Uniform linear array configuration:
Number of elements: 32
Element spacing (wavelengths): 0.75
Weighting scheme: hann
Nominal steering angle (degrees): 15
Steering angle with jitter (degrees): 13.268
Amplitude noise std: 0.05
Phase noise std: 0.05

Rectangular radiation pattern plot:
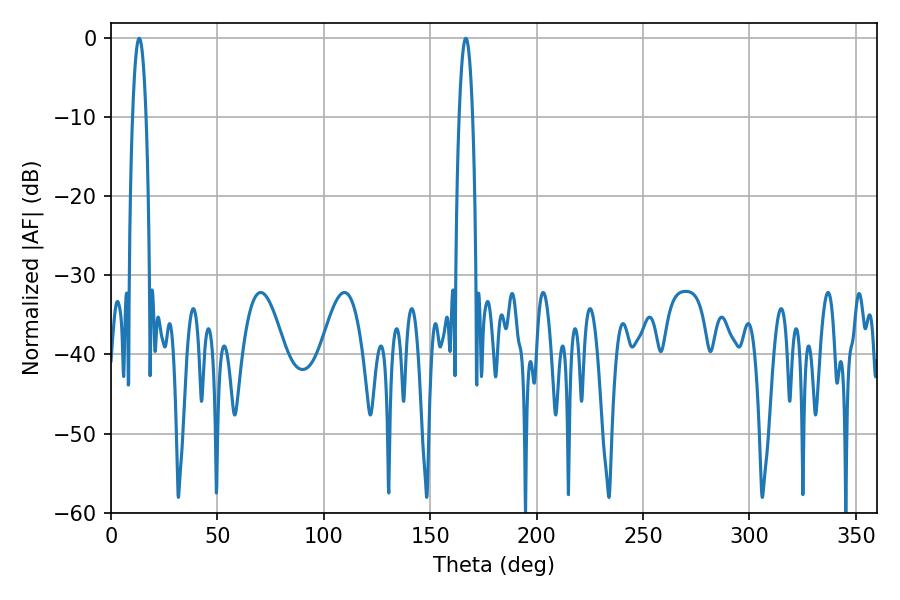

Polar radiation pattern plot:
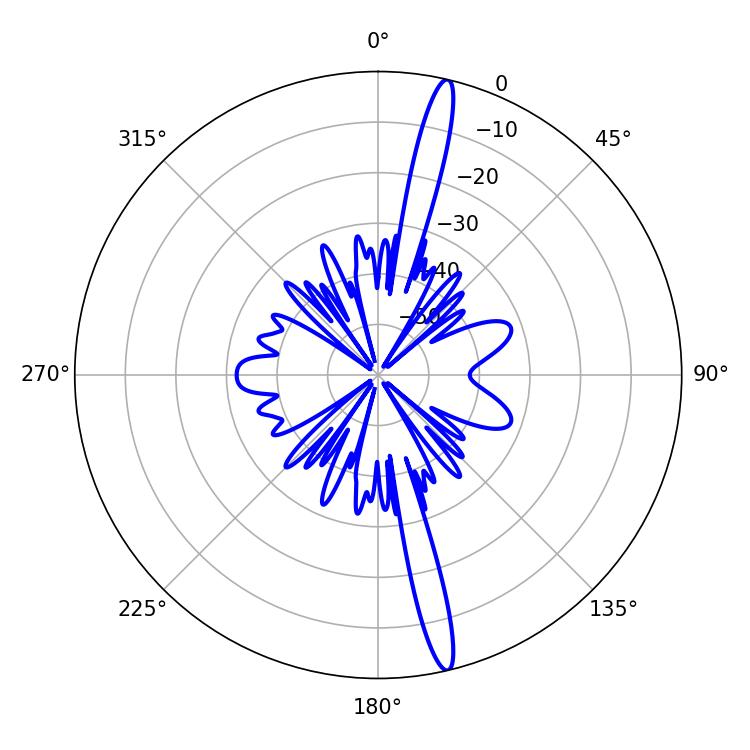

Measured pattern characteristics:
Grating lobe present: TRUE
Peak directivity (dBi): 18.179
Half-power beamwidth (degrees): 3.42
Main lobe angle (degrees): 13.32